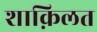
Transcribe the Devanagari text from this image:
शाक़िलत